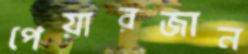
পেয়ারজান